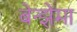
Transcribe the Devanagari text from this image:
बेन्झेमा